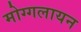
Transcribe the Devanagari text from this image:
मोग्गलायन